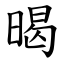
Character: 暍